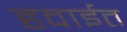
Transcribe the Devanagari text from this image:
हवाईत